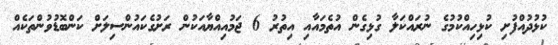
ކުޅުދުއްފުށި ކުޅިިހިއްކުމުގެ ނުރައްކަލާ ގުޅިގެން އުތެމައާއި އިތުރު 6 ޖަމުއިއްޔާއަކުން ރަށުގެކައުންސިލަށް ކަންބޮޑުވުންތަކެއް